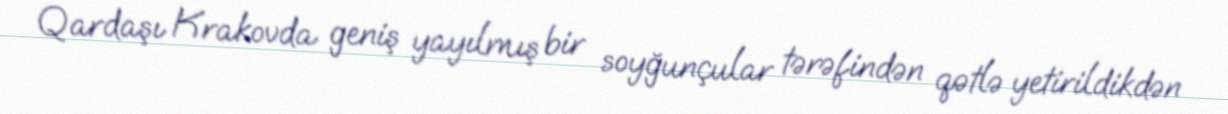
Qardaşı Krakovda geniş yayılmış bir soyğunçular tərəfindən qətlə yetirildikdən